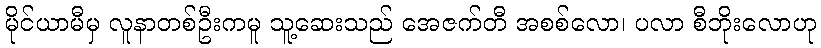
မိုင်ယာမီမှ လူနာတစ်ဦးကမူ သူ့ဆေးသည် အေဇက်တီ အစစ်လော၊ ပလာ စီဘိုးလောဟု